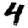
Digit: 4